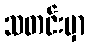
သတင်းမှာ